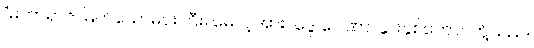
“မဟာရာဇ၊ မြတ်သောမင်းကြီး။ မေ၊ ငါ့အား။ ဒွေ ဂေါဏာ၊ နွားနှစ်ကောင်တို့သည်။